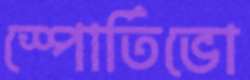
স্পোর্তিভো